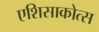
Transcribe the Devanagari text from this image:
एशिसाकोत्स